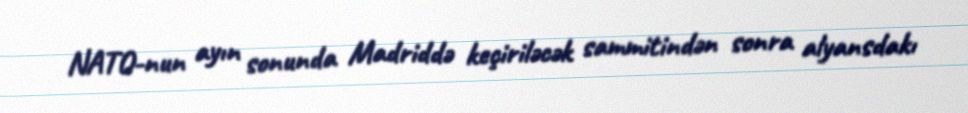
NATO-nun ayın sonunda Madriddə keçiriləcək sammitindən sonra alyansdakı